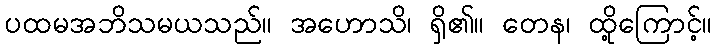
ပထမအဘိသမယသည်။ အဟောသိ၊ ရှိ၏။ တေန၊ ထို့ကြောင့်။